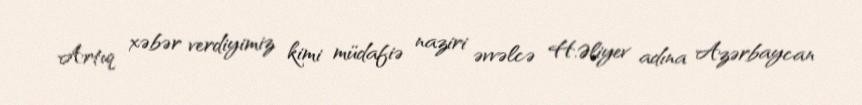
Artıq xəbər verdiyimiz kimi müdafiə naziri əvvəlcə H.Əliyev adına Azərbaycan